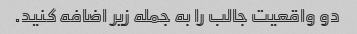
دو واقعیت جالب را به جمله زیر اضافه کنید.